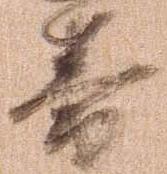
籌